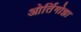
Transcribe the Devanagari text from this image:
ओर्तिगोझा